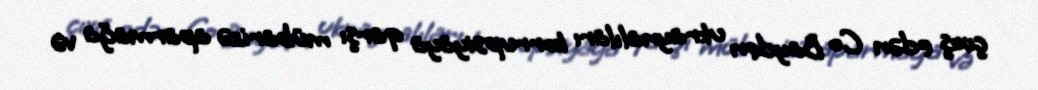
çıxış edən Co Bayden ukraynalıları korrupsiyaya qarşı mübarizə aparmağa və